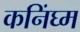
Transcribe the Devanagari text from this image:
कनिंघ्म